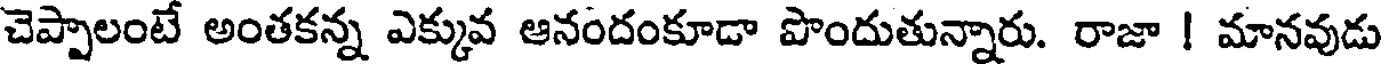
చెప్పాలంటే అంతకన్న ఎక్కువ ఆనందంకూడా పొందుతున్నారు. రాజా ! మానవుడు